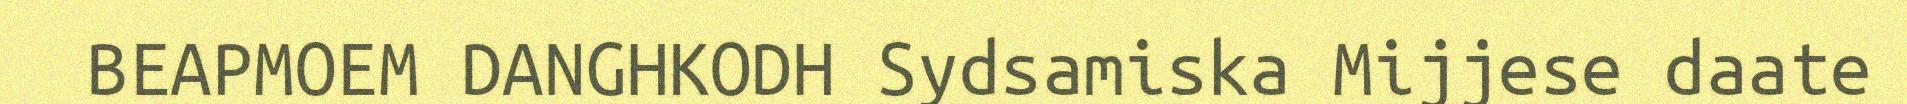
BEAPMOEM DANGHKODH Sydsamiska Mijjese daate